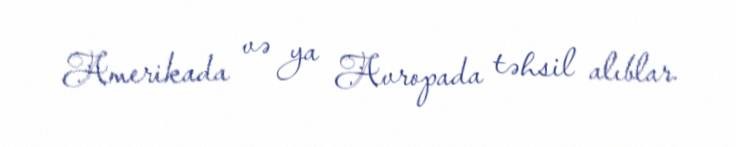
Amerikada və ya Avropada təhsil alıblar.